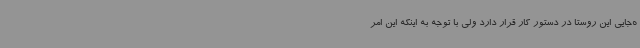
ه‌جایی این روستا در دستور کار قرار دارد ولی با توجه به اینکه این امر